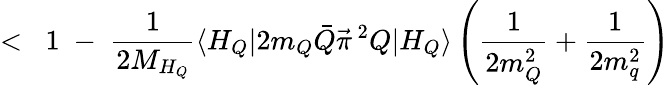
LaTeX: <\; \; 1\; -\; \frac{1}{2M_{H_{Q}}}\langle H_{Q}|2m_{Q}\bar{Q}\vec{\pi}\, ^{2}Q|H_{Q}\rangle\left(\frac{1}{2m_{Q}^{2}}+\frac{1}{2m_{q}^{2}}\right)